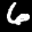
Label: 6